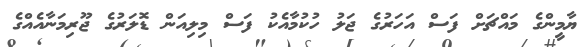
ޔާމީންގެ މައްޗަށް ފަސް އަހަރުގެ ޖަލު ހުކުމާއެކު ފަސް މިލިއަން ޑޮލަރުގެ ޖޫރިމަނާއެއްގެ